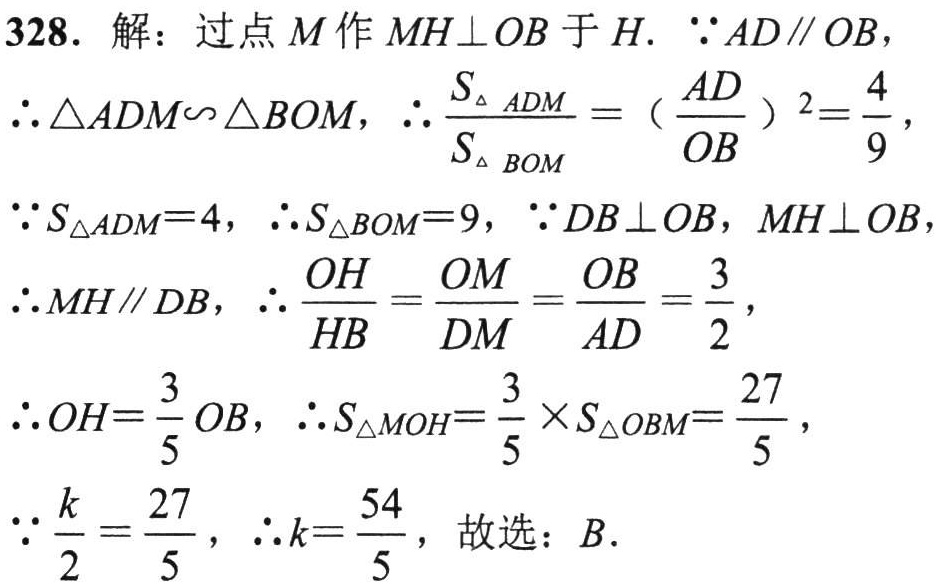
328. 解：过点 \(M\) 作 \(MH\perp OB\) 于 \(H\). \(\because AD\parallel OB\)，

\(\therefore \triangle ADM\sim\triangle BOM\)，\(\therefore \frac{S_{\triangle ADM}}{S_{\triangle BOM}} = (\frac{AD}{OB})^2=\frac{4}{9}\)，

\(\because S_{\triangle ADM}=4\)，\(\therefore S_{\triangle BOM}=9\)，\(\because DB\perp OB\)，\(MH\perp OB\)，

\(\therefore MH\parallel DB\)，\(\therefore \frac{OH}{HB}=\frac{OM}{DM}=\frac{OB}{AD}=\frac{3}{2}\)，

\(\therefore OH = \frac{3}{5}OB\)，\(\therefore S_{\triangle MOH}=\frac{3}{5}\times S_{\triangle OBM}=\frac{27}{5}\)，

\(\because \frac{k}{2}=\frac{27}{5}\)，\(\therefore k = \frac{54}{5}\)，故选：\(B\).